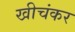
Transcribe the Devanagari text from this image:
खीचंकर